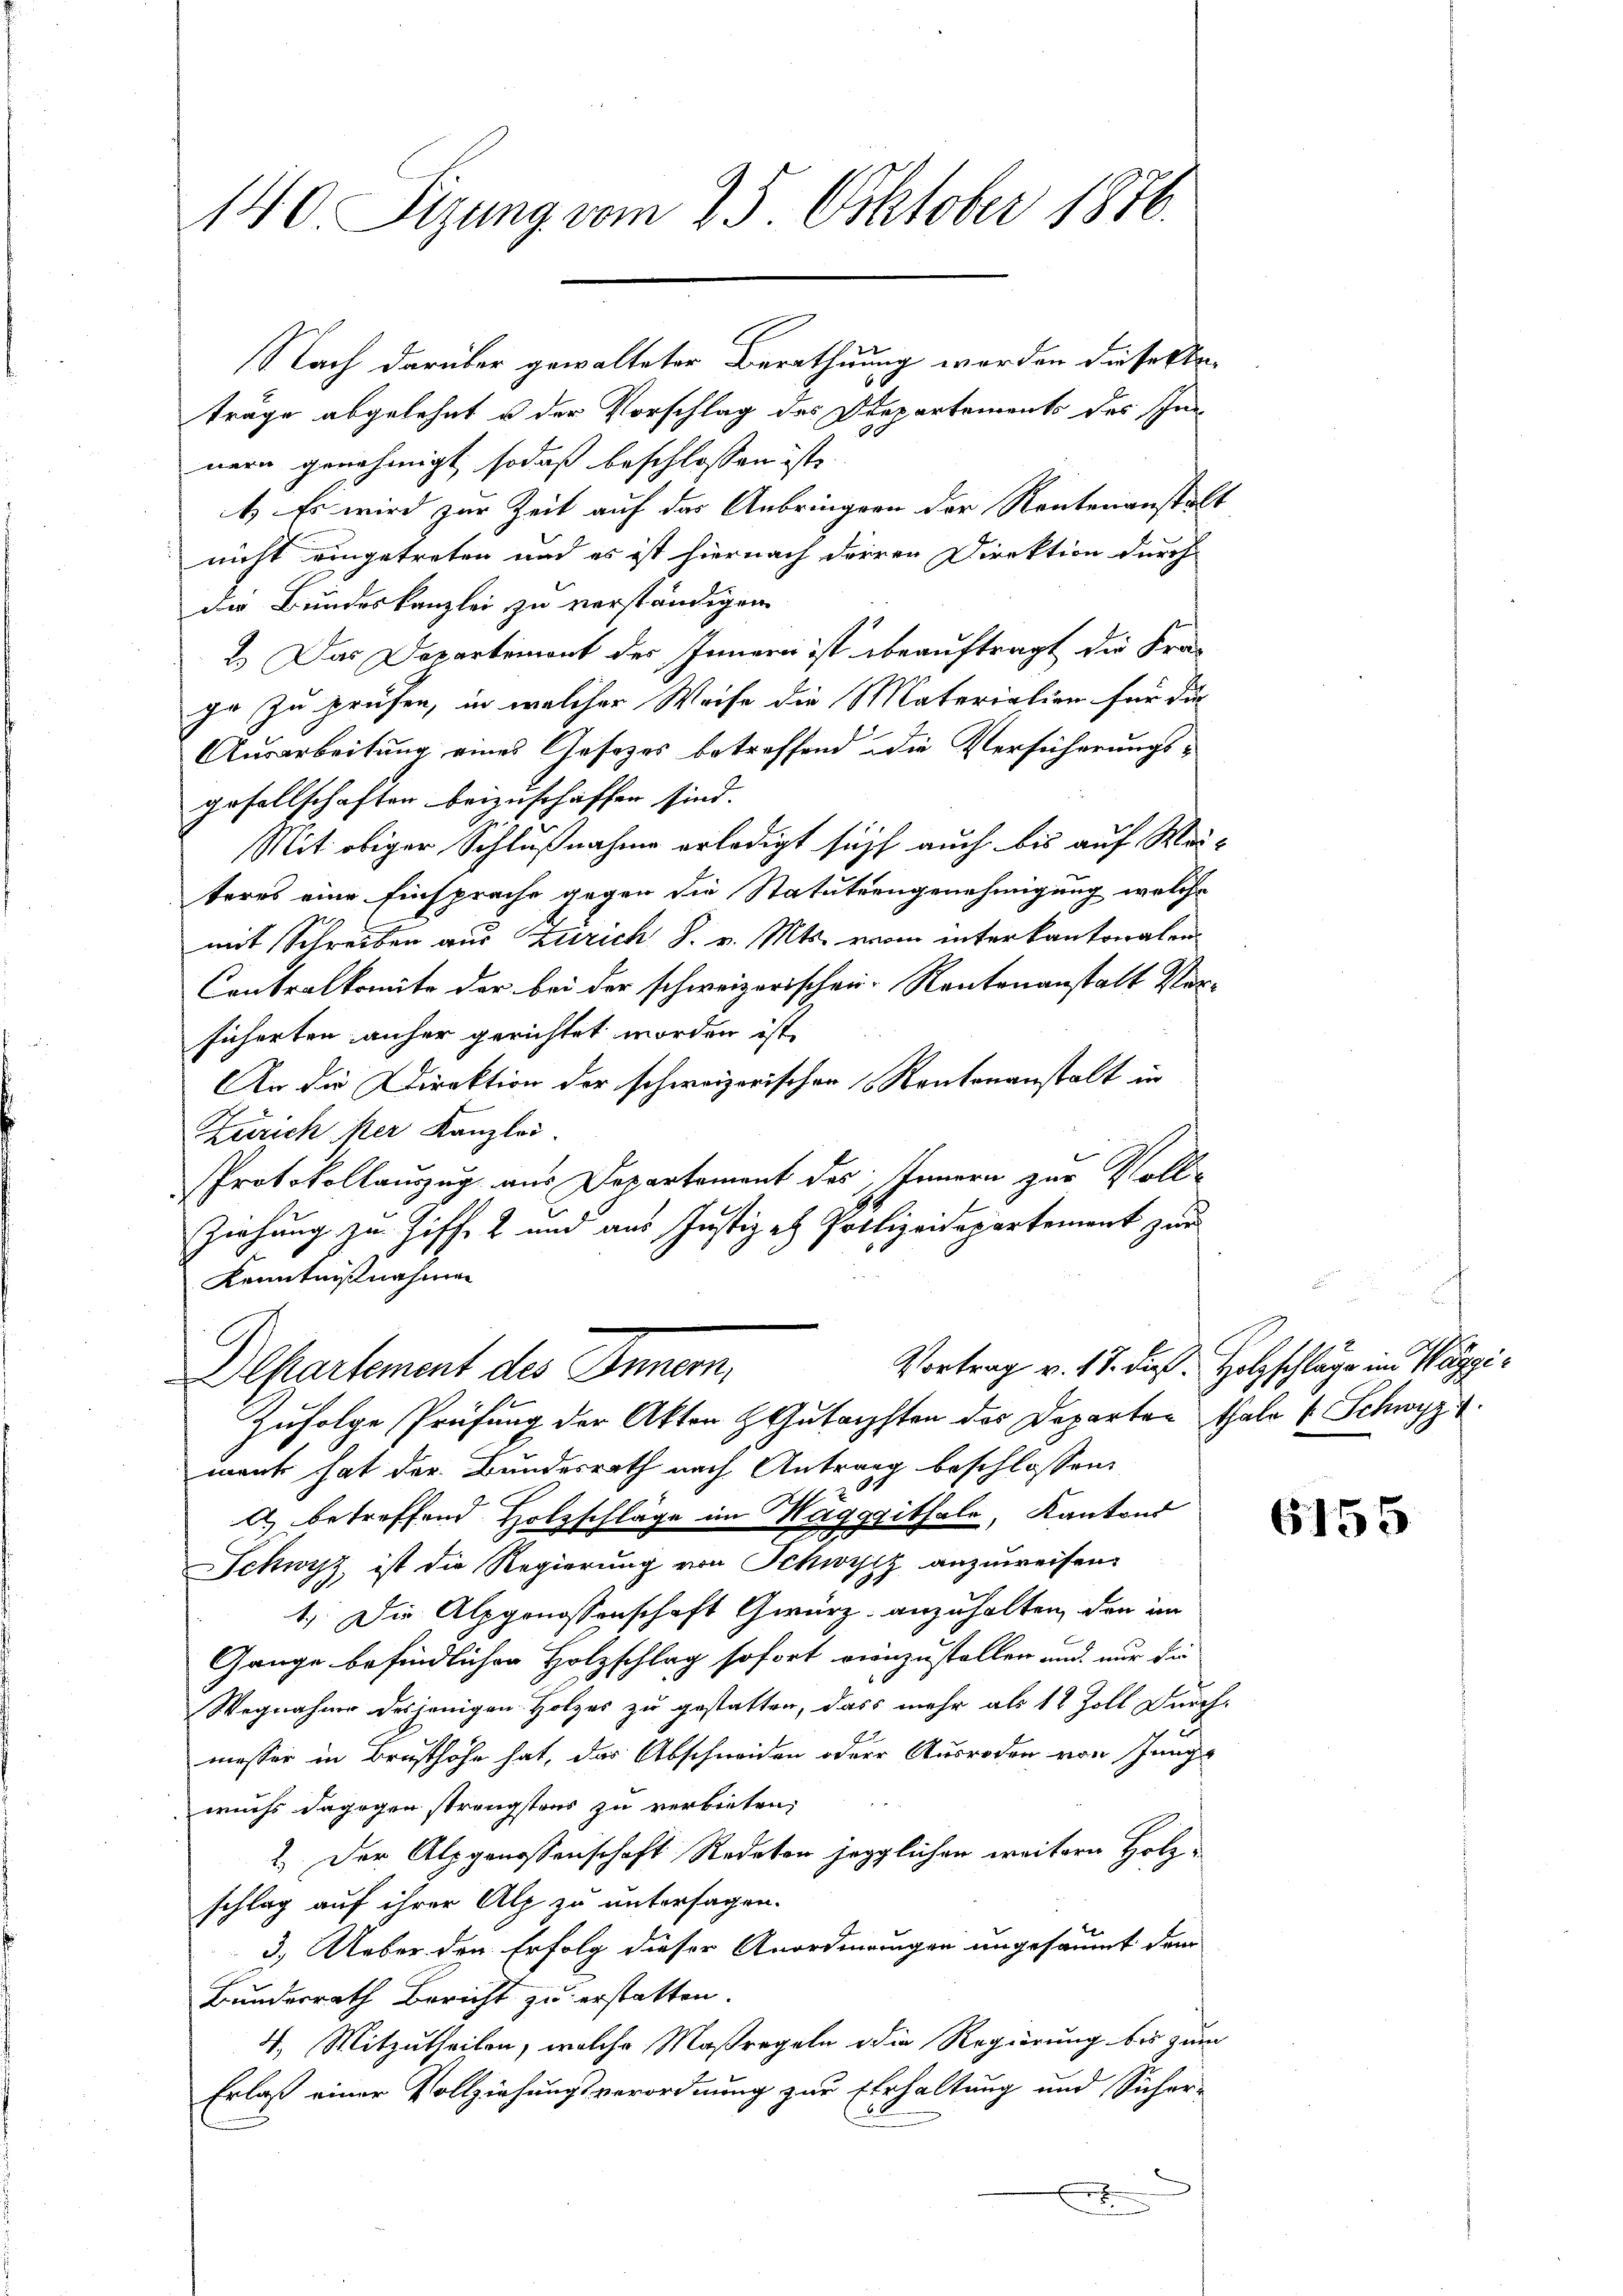
140 Sizung vom 25. Oktober 1876.

Nach darüber gewalteter Berathuung worden diese Erträge abgelehnt u der Vorschlag des Departements des In¬
20
nern genehmigt, sodaß beschlossen ist.
1) Es wird zur Zeit auf das Anbringern der Rentenanstalt
nicht eingetreten und es ist hiernach derren Direktion durch
die Bundeskanzlei zu verständigen
2.) Das Departemont des Innern ist beauftragt die Kra-
ge zu prüfen, in welcher Weise die Materialien für die
Ausarbeitung eines Gesezes betreffend die Versicherungs-
gesellschaften beizuschaffen sind.
Mit obiger Schlußnahme erledigt sicht auch bis auf Weiteres eine Einsprache gegen die Statutengenehmigung welche
mit Schreiben aus Zürich S. v. Mts. vom interkantonalen
Contralkomite der bei der schweizerischen Rautenanstalt Ver-
sicherten anher gerichtet worden ist.
An die Direktion der schweizerischen Kantonanstalt in
Zürich ster Kanzlei.
Protokollauszug aus Departement des Innern zur Voll¬
Ziehung zu Ziff. 2 und aus Justiz - Polizeidepartement zur
Kenntnißnahmen
Vortrag v. 17. daß Holzschläge im Waggi¬
Departement des Innern,
Zufolge Prüfung der Akten & Gutachsten des Departen Thale 4 Schwyz.
ment hat der Bundesrath nach Antrag beschlossen:
2
) betreffend Holzschläge im Magggithale, Kantons
Schwyz, ist die Regierung von Schwyz anzuweisen.
1.) Die Alpgenossenschaft Gwürz, anzuhalten, den im
Gange befindlichen Holzschlag sofort einzustellen und nur die
Wegnahme desjenigen Holzes zu gestatten, dass mehr als 12 Zoll Durch
messer in Brusthöhe hat, das Abschneiden oder Ausroden von Junge
wuchs dagegen strengstens zu verbieten,
2. Der Alpgenossenschaft Redeten jegglichen weitern Holzschlag auf ihrer Alp zu untersagen.
3.) Ueber den Erfolg dieser Anordnungen ungesäumt dem
Bundesrath Bericht zu erstatten.
4. Mitzutheilen, welche Maßregeln die Regierung bis zum
Erlaß einer Vollziehungsverordnung zur Erhaltung und Sicher-
.

6155